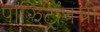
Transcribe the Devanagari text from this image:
पॉझिट्रॉनची